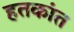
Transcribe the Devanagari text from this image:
हतकांत